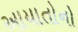
આયાતોનો